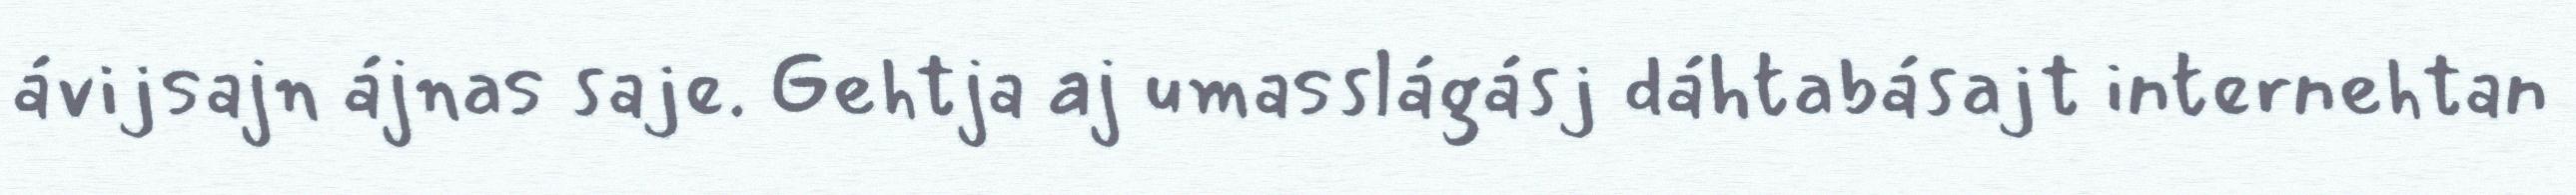
ávijsajn ájnas saje. Gehtja aj umasslágásj dáhtabásajt internehtan